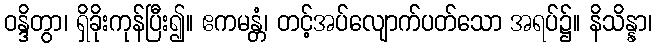
ဝန္ဒိတွာ၊ ရှိခိုးကုန်ပြီး၍။ ဧကမန္တံ၊ တင့်အပ်လျောက်ပတ်သော အရပ်၌။ နိသိန္နာ၊